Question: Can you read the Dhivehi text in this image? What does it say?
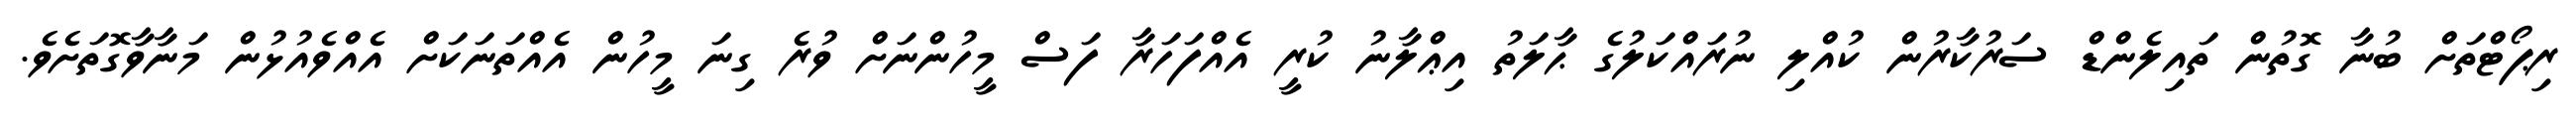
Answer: ރިޕޯޓްތަށް ބުނާ ގޮތުން ތައިލެންޑް ސަރުކާރުން ކުއްލި ނުރައްކަލުގެ ޙާލަތު އިޢްލާނު ކުރީ އެއްފަހަރާ ފަސް މީހުންނަށް ވުރެ ގިނަ މީހުން އެއްތަނަކަށް އެއްވެއުޅުން މަނާވާގޮތަށެވެ.